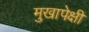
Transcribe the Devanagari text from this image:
मुखापेक्षी